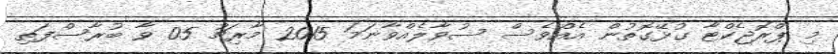
މި ޕްރޮޖެކްޓާ ގުޅޭގޮތުން އެއްވެސް ސުވާލެއްވާނަމަ 2015 މާރިޗު 05 ވާ ބުރާސްފަތި